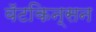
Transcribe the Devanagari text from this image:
वॅटकिन्सन